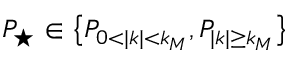
P _ { \star } \in \big \{ P _ { 0 < | k | < k _ { M } } , P _ { | k | \geq k _ { M } } \big \}